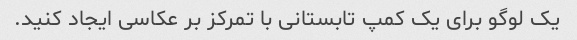
یک لوگو برای یک کمپ تابستانی با تمرکز بر عکاسی ایجاد کنید.